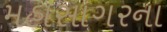
મહાસાગરના